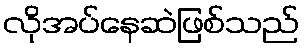
လိုအပ်နေဆဲဖြစ်သည်